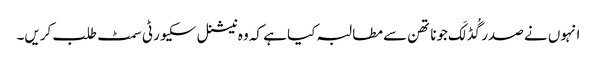
انہوں نے صدر گُڈ لَک جوناتھن سے مطالبہ کیا ہے کہ وہ نیشنل سکیورٹی سمٹ طلب کریں۔